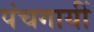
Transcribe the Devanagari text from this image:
पंचगायीं